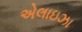
એલાઇઝા